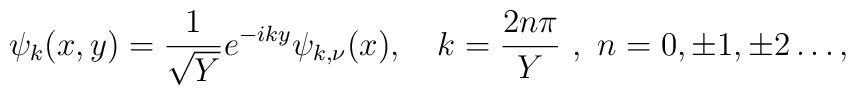
\psi_k (x,y)=\frac {1}{\sqrt{Y}} e^{-iky}\psi_{k,\nu}(x), \quad k=\frac {2n\pi} {Y}~,~n=0,\pm 1,\pm 2 \dots,